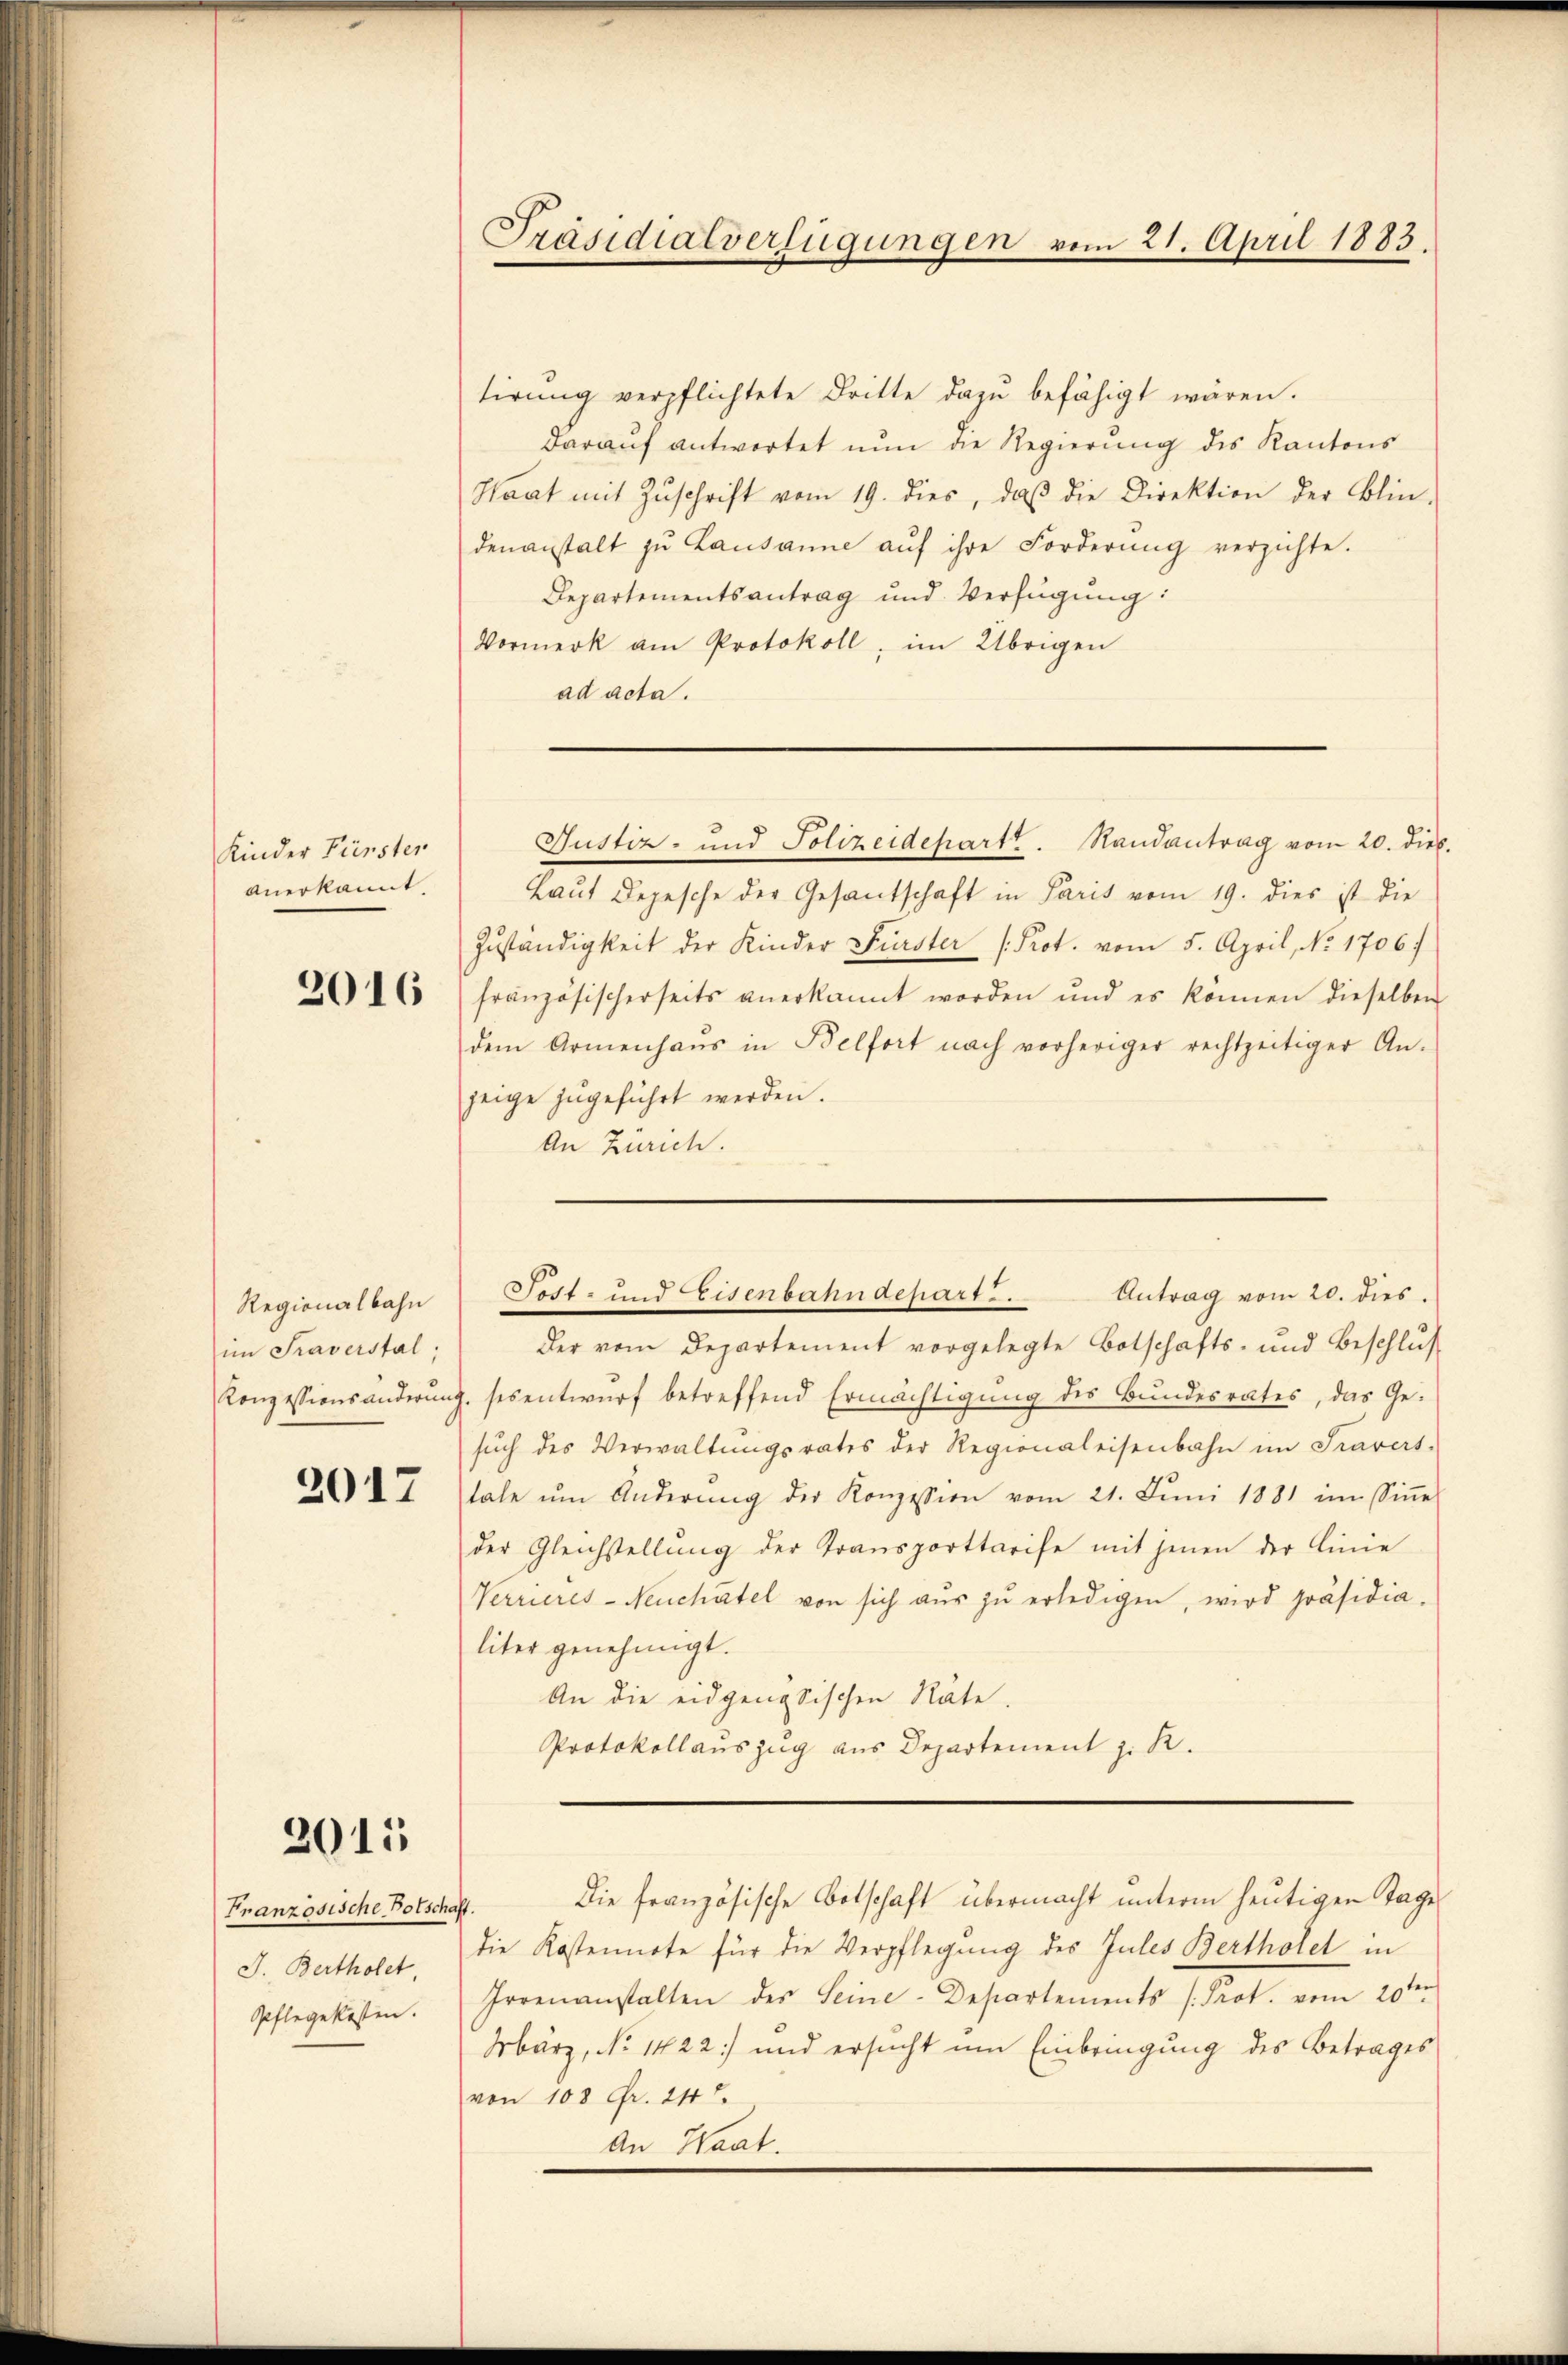
Kinder Fürster
anerkannt.

2016

Regionalbahn
im Traverstal,

2017

2015

Französische Botschaft.
J. Bertholet,
Pflegekosten.

tirung verpflichtete Dritte dazu befähigt wären.
darauf antwortet nun die Regierŭng des Kantons
Haat mit Zŭschrift vom 19. dies, daβ die Direktion der Blin-
denanstalt zŭ Lausanne aŭf ihre Forderŭng verzichte.
Departementsantrag und Verfügung:
Vormerk am Protokoll, im Übrigen
ad acta.

Präsidialverfügungen vom 21. April 1883.

Justiz- und Polizeidepart. Randantrag vom 20. die.

Laŭt Depesche der Gesantschaft in Paris vom 19. dies ist die
Zŭständigkeit der Kinder Fürster (Prot. vom 5. April, No. 1706.
französischerseits anerkannt worden und es können dieselben
dem Armenhaŭs in Belfort nach vorheriger rechtzeitiger An-
zeige zugeführt werden.
An Zürich.

Der vom Departement vorgelegte Botschafts- und Beschlŭs
Konzessionsänderung, ses entwurf betreffend Ermächtigung des Bundesrates, das Ge-
sŭch des Verwaltŭngsrates der Regionaleisenbahn im Fravers.
tale ŭm Änderŭng der Konzession vom 21. Jŭni 1881 im Siṅe
der Gleichstellŭng der Transporttarife mit jenen der Linie
Verrieres-Neuchâtel von sich aŭs zŭ erledigen, wird präsidia-
liter genehmigt.
An die eidgenössischen Räte.
Protokollauszug aus Departement z. R.
Die französische Botschaft übermacht unterm heutigen Tage
die Kostennote für die Verpflegung des Jules Bertholet in
Hrrenanstalten der Seine-Departements Prot. vom 20ten
März, No 1422) und ersucht um Einbringung des Betrages
von 108 Fr. 24.
An Waat.

Post- und Eisenbahndepart ... Antrag vom 20. dies.